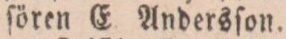
ſören E Andersſon.